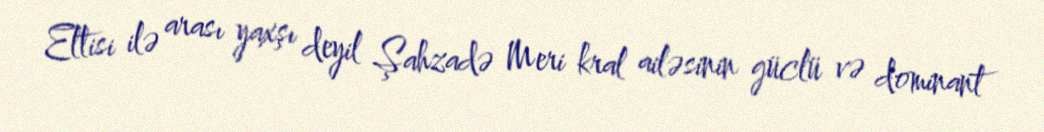
Eltisi ilə arası yaxşı deyil Şahzadə Meri kral ailəsinin güclü və dominant